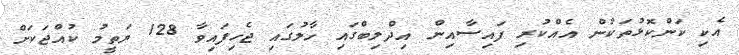
އެކި ކަންކޮޅުތަކުން އެއްކުރި ފައިސާއިން އިދްލިބްގައި ހާލުގައި ޖެހިފައިވާ 128 ޔަތީމު ކުއްޖަކަށް